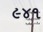
૯૪૧